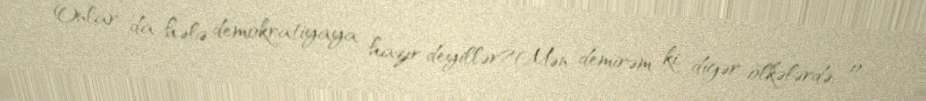
Onlar da hələ demokratiyaya hazır deyillər?Mən demirəm ki, digər ölkələrdə, o